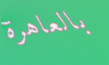
بالعاهرة